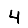
Digit: 4